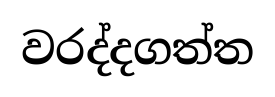
වරද්දගත්ත